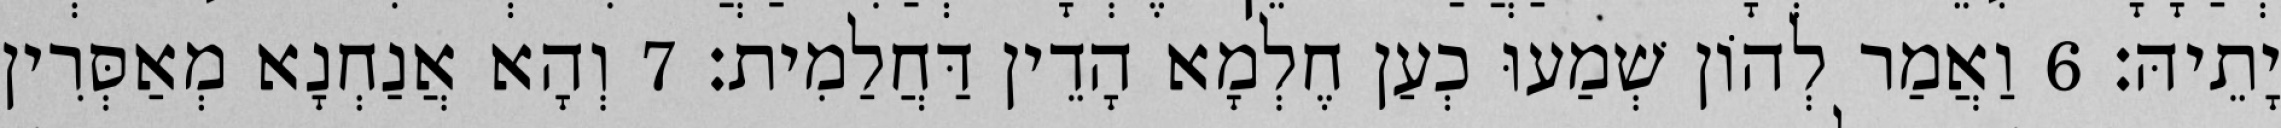
יָתֵיהּ׃ 6 וַאֲמַר לְהוֹן שְׁמַעוּ כְעַן חֶלְמָא הָדֵין דַּחֲלַמִית׃ 7 וְהָא אֲנַחְנָא מְאַסְּרִין